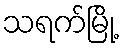
သရက်မြို့